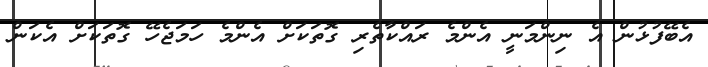
އެބޭފުޅުން އެ ނިންމަނީ އެންމެ ރައްކާތެރި ގޮތަކަށް އެންމެ ހަމަޖެހޭ ގޮތަކަށް އެކަން